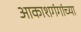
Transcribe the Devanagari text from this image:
आकाशगंगांच्या